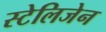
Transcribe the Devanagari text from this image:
स्टेलिजेन